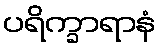
ပရိက္ခာရာနံ